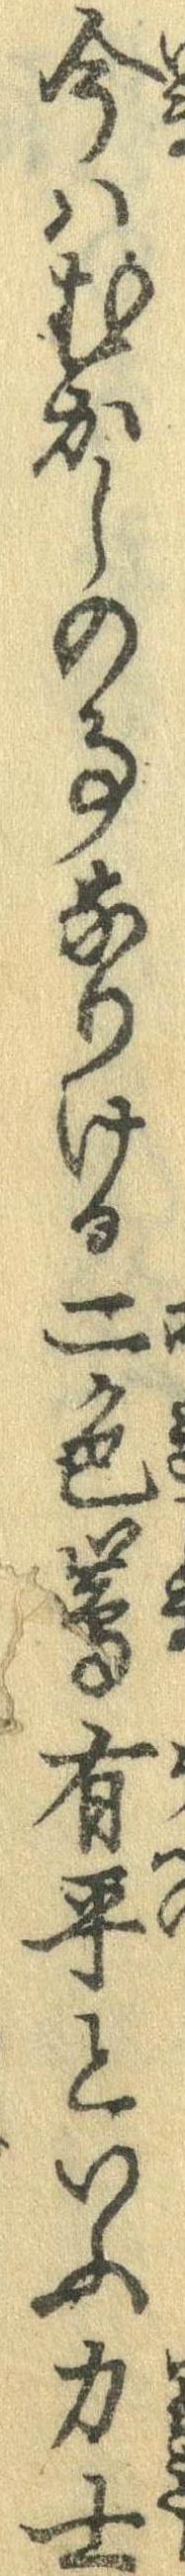
今はむかしの事なりける二色島有平といふ力士